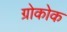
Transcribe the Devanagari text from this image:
ग्रोकोक